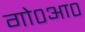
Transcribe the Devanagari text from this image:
गो०आ०